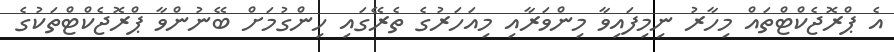
އެ ޕްރޮޖެކްޓްތައް މިހާރު ނިމިފައިވާ މިންވަރާއި މިއަހަރުގެ ތެރޭގައި ހިންގުމަށް ބޭނުންވާ ޕްރޮޖެކްޓްތަކުގެ